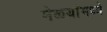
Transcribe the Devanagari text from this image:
मेळ्यांमध्ये